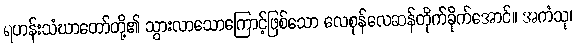
ရဟန်းသံဃာတော်တို့၏ သွားလာသောကြောင့်ဖြစ်သော လေစုန်လေဆန်တိုက်ခိုက်အောင်။ အကံသု၊